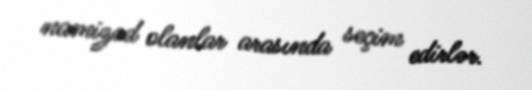
namizəd olanlar arasında seçim edirlər.